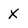
Character: X